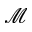
\mathcal { M }